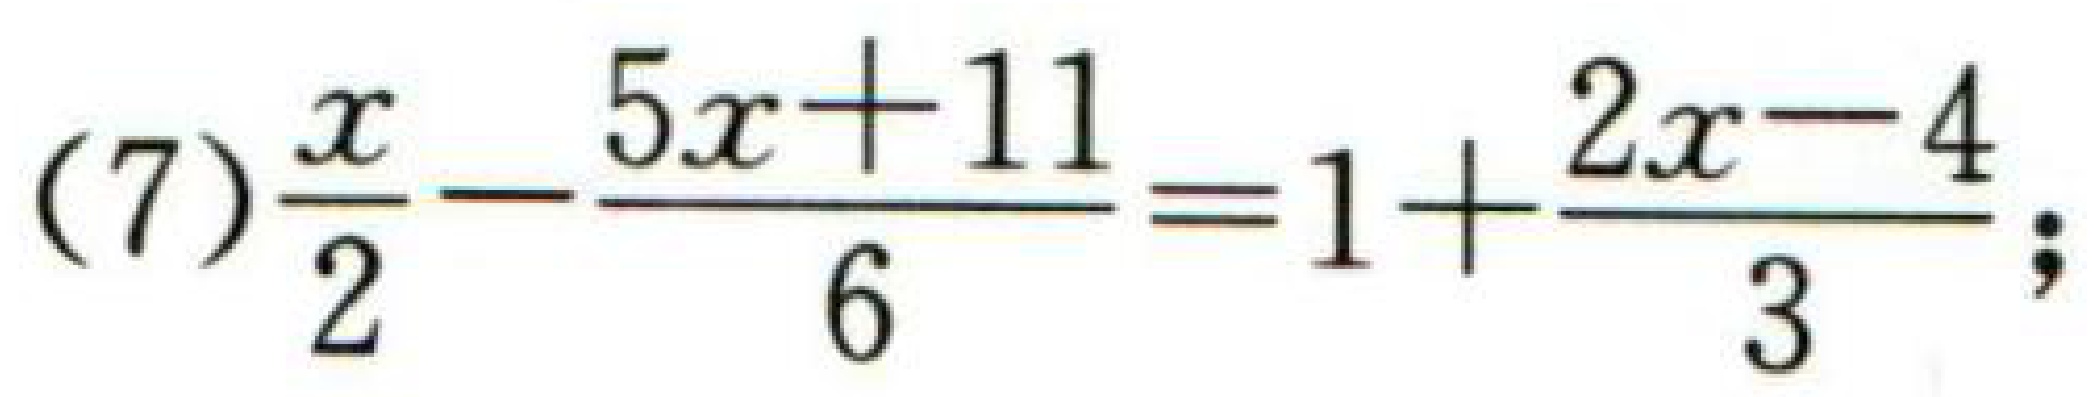
(7)$$\frac{x}{2}-\frac{5x + 11}{6}=1+\frac{2x - 4}{3};$$